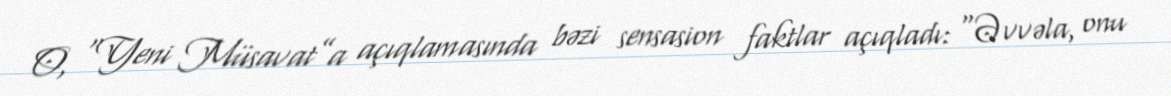
O, “Yeni Müsavat”a açıqlamasında bəzi sensasion faktlar açıqladı: “Əvvəla, onu